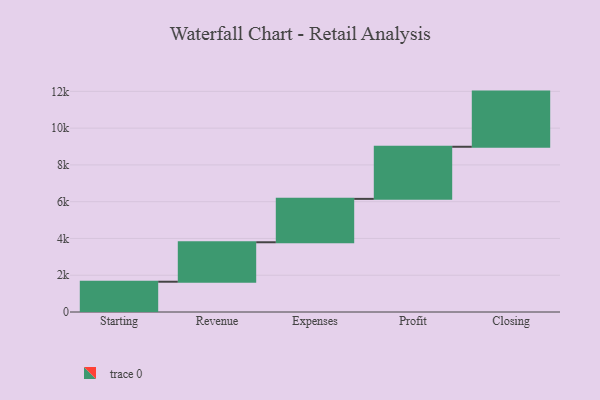
{"axis": {"x": "Step", "y": "Value"}, "legend": [""], "data": [{"x": "Starting", "y": 1647.0, "type": ""}, {"x": "Revenue", "y": 2146.0, "type": ""}, {"x": "Expenses", "y": 2360.0, "type": ""}, {"x": "Profit", "y": 2834.0, "type": ""}, {"x": "Closing", "y": 3000, "type": ""}]}